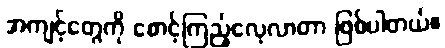
အကျင့်တွေကို စောင့်ကြည့်လေ့လာတာ ဖြစ်ပါတယ်။